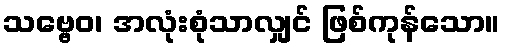
သဗ္ဗေဝ၊ အလုံးစုံသာလျှင် ဖြစ်ကုန်သော။